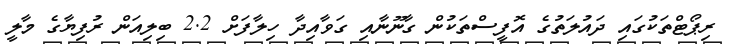
ރިޕޯޓްތަކުގައި ދައުލަތުގެ އޮފީސްތަކުން ގާނޫނާއި ގަވާއިދާ ހިލާފަށް 2.2 ބިލިއަން ރުފިޔާގެ މާލީ